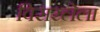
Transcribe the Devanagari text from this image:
विसरलेला